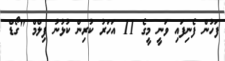
ފަހުން ފެނިފައި ވަނީ މީގެ 11 އަހަރު ކުރިން ކުޅުނު ފިލްމް "ގޯޑް